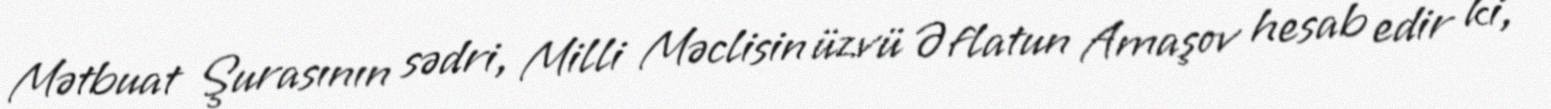
Mətbuat Şurasının sədri, Milli Məclisin üzvü Əflatun Amaşov hesab edir ki,